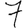
Digit: 7